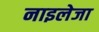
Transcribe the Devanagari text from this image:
नाइलेजा